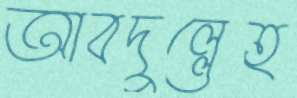
আবদুল্লেহ